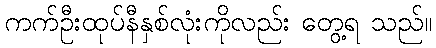
ကက်ဦးထုပ်နီနှစ်လုံးကိုလည်း တွေ့ရ သည်။